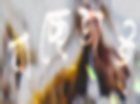
যাচ্ছেতাই